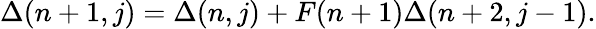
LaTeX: \Delta(n+1,j)=\Delta(n,j)+F(n+1)\Delta(n+2,j-1).